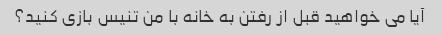
آیا می خواهید قبل از رفتن به خانه با من تنیس بازی کنید؟